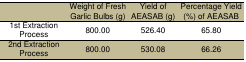
|  | Weight of Fresh Garlic Bulbs (g) | Yield of AEASAB (g) | Percentage Yield (%) of AEASAB |
 | --- | --- | --- | --- |
 | 1st Extraction Process | 800.00 | 526.40 | 65.80 |
 | 2nd Extraction Process | 800.00 | 530.08 | 66.26 |